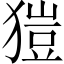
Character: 𤠲